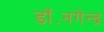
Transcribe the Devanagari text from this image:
डॉ॰नगेन्द्र